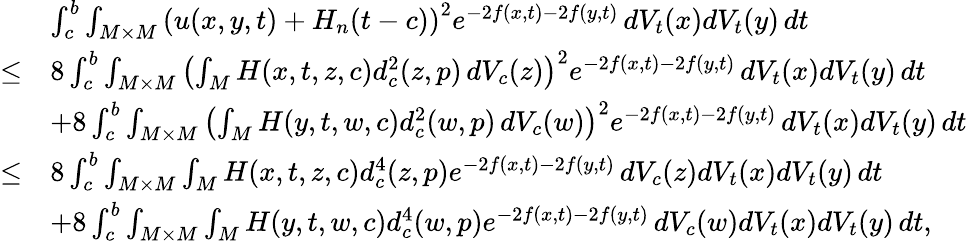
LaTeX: \begin{array}{rl}&{\int_{c}^{b}\int_{M\times M}\left(u(x,y,t)+H_{n}(t-c)\right)^{2}e^{-2f(x,t)-2f(y,t)}\, dV_{t}(x)dV_{t}(y)\, dt}\\ {\le}&{8\int_{c}^{b}\int_{M\times M}\left(\int_{M}H(x,t,z,c)d_{c}^{2}(z,p)\, dV_{c}(z)\right)^{2}e^{-2f(x,t)-2f(y,t)}\, dV_{t}(x)dV_{t}(y)\, dt}\\ &{+8\int_{c}^{b}\int_{M\times M}\left(\int_{M}H(y,t,w,c)d_{c}^{2}(w,p)\, dV_{c}(w)\right)^{2}e^{-2f(x,t)-2f(y,t)}\, dV_{t}(x)dV_{t}(y)\, dt}\\ {\le}&{8\int_{c}^{b}\int_{M\times M}\int_{M}H(x,t,z,c)d_{c}^{4}(z,p)e^{-2f(x,t)-2f(y,t)}\, dV_{c}(z)dV_{t}(x)dV_{t}(y)\, dt}\\ &{+8\int_{c}^{b}\int_{M\times M}\int_{M}H(y,t,w,c)d_{c}^{4}(w,p)e^{-2f(x,t)-2f(y,t)}\, dV_{c}(w)dV_{t}(x)dV_{t}(y)\, dt,}\end{array}